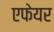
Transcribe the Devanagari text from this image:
एफेयर